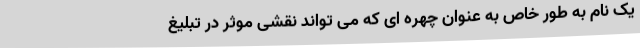
یک نام به طور خاص به عنوان چهره ای که می تواند نقشی موثر در تبلیغ